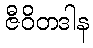
ဇီဝိတဒါန